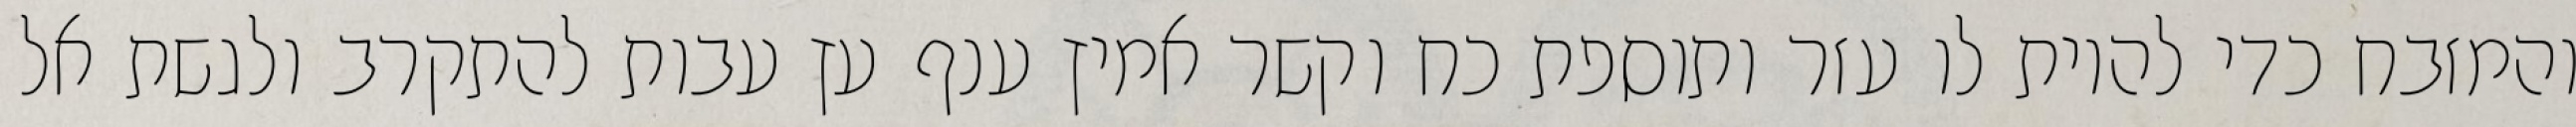
והמזבח כדי להיות לו עזר ותוספת כח וקשר אמיץ ענף עץ עבות להתקרב ולגשת אל